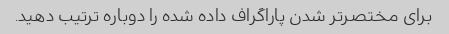
برای مختصرتر شدن پاراگراف داده شده را دوباره ترتیب دهید.